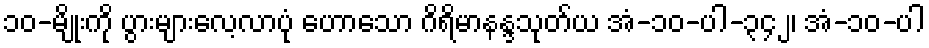
၁၀-မျိုးကို ပွားများလေ့လာပုံ ဟောသော ဂိရိမာနန္ဒသုတ်ယ အံ-၁၀-ပါ-၃၄၂၊ အံ-၁၀-ပါ